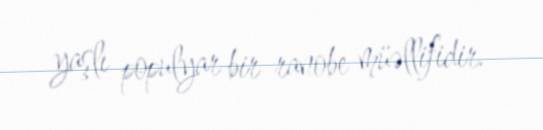
yaşlı populyar bir ranobe müəllifidir.